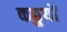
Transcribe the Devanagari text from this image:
कछुयों